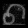
Digit: ၈